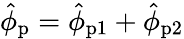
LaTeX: \hat{\phi}_{\mathrm{p}}=\hat{\phi}_{\mathrm{p1}}+\hat{\phi}_{\mathrm{p2}}